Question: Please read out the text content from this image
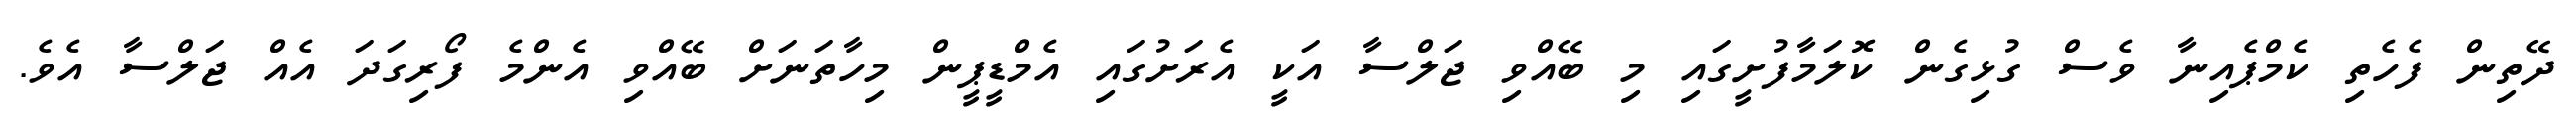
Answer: ދޭތިން ފެހެތި ކެމްޕެއިނާ ވެސް ގުޅިގެން ކޮލަމާފުށީގައި މި ބޭއްވި ޖަލްސާ އަކީ އެރަށުގައި އެމްޑީޕީން މިހާތަނަށް ބޭއްވި އެންމެ ފޯރިގަދަ އެއް ޖަލްސާ އެވެ.